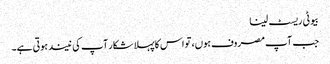
بیوٹی ریسٹ لینا
جب آپ مصروف ہوں، تو اس کاپہلا شکار آپ کی نیند ہوتی ہے۔